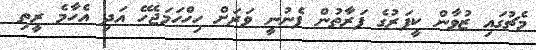
މެޗުގައި ޒުވާން ކީޕަރުގެ ފަރާތުން ފެނުނީ ވަރަށް ހިހްހަމަޖެހޭ އަދި އެހާމެ ރީތި